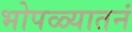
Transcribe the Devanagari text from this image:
भोपळ्यातनं